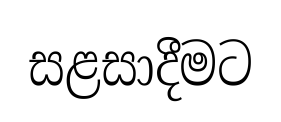
සළසාදීමට